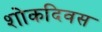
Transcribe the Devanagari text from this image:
शोकदिवस